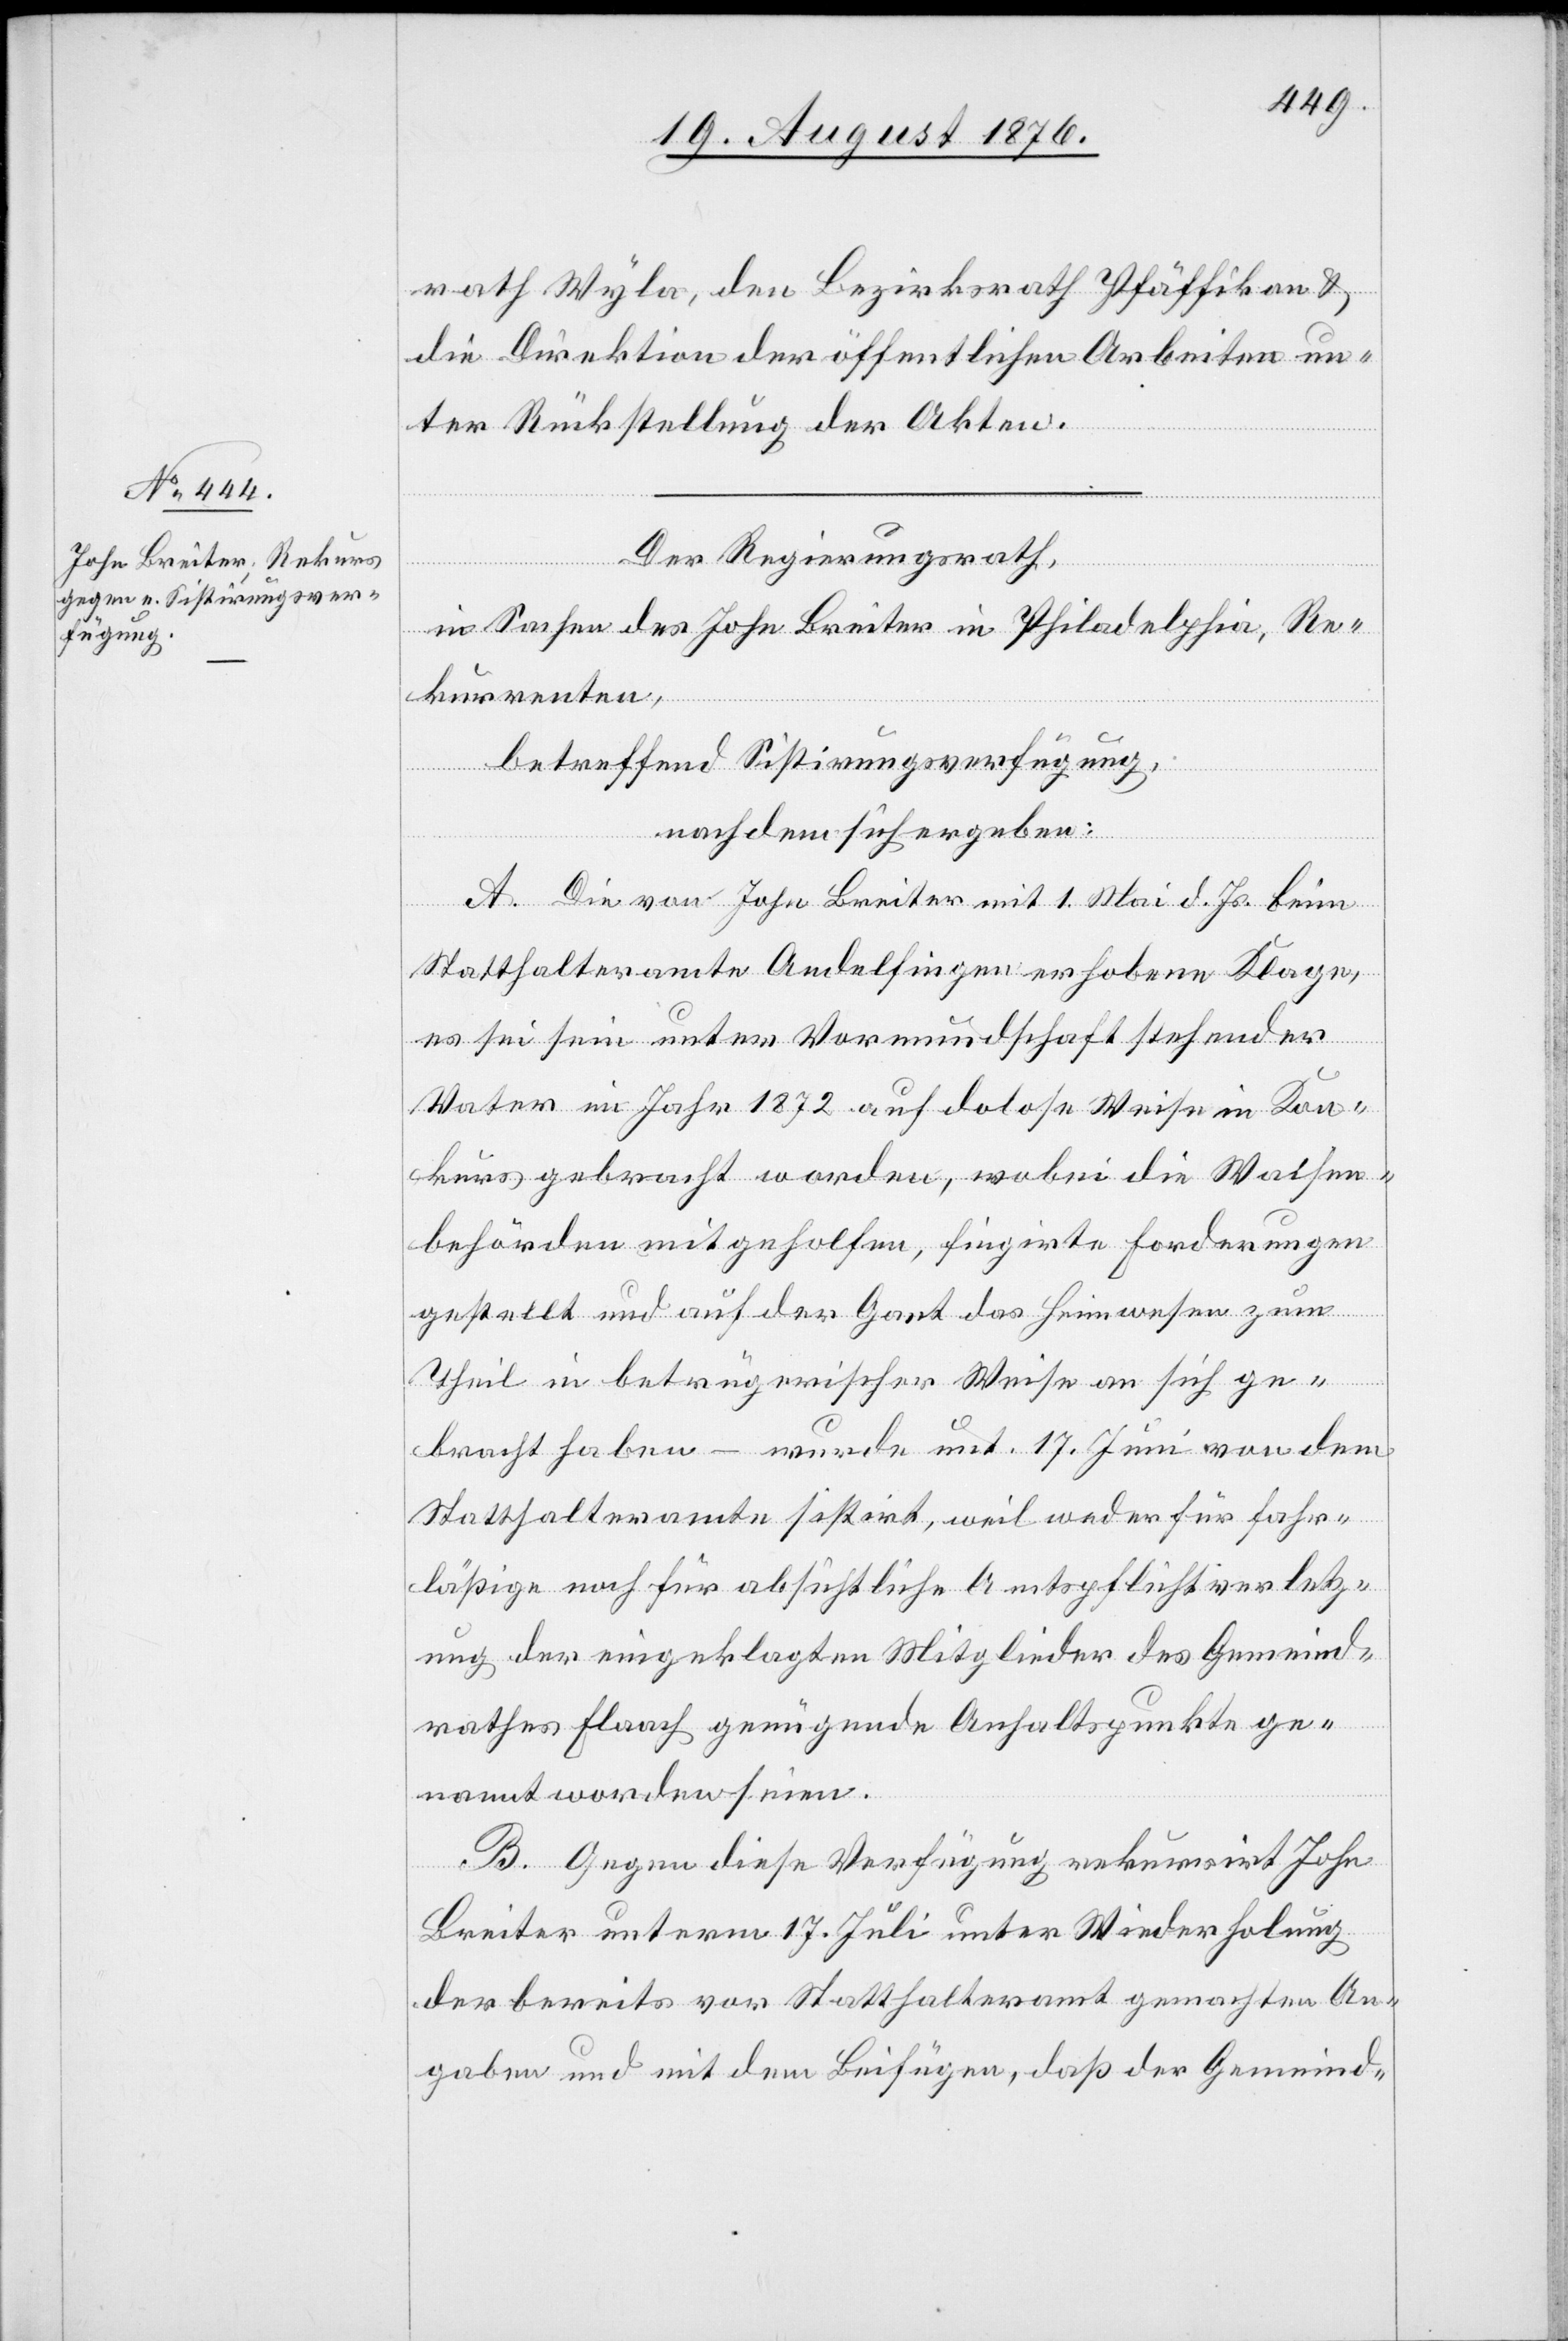
rath Wyla, den Bezirksrath Pfäffikon &
die Direktion der öffentlichen Arbeiten un¬
ter Rückstellung der Akten.
Der Regierungsrath,
in Sachen des John Breiter in Philadelphia, Re¬
kurrenten,
betreffend Sistirungsverfügung,
nachdem sich ergeben:
A. Die von John Breiter mit 1. Mai d. Js. beim
Statthalteramte Andelfingen erhobene Klage,
es sei sein unter Vormundschaft stehender
Vater im Jahr 1872 auf dolose Weise Kon¬
kurs gebracht worden, wobei die Walsee¬
behörden mit geholfen, fingirte Forderungen
gestellt und auf der Ganz des Heimwesen zum
Theil in betrügerischer Weise sich ge¬
bracht haben – wurde unt. 17. Juni von dem
Statthalteramte sistirt, weil weder für fahr¬
läßige noch für absichtliche Amtspflichtverletz¬
ung der eingeklagten Mitglieder des Gemeind¬
rathes Flaach genügende Anhaltspunkte ge¬
nannt worden seien.
B. Gegen diese Verfügung rekurrirt John
Breiter unterm 17. Juli unter Wiederholung
der bereits vor Statthalteramt gemachten An¬
gaben und mit dem Beifügen, daß der Gemeind-